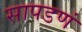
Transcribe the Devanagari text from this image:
सापडणं